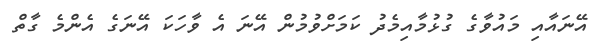
އޭނައާއި މައުވާގެ ގުޅުމާއިމެދު ކަމަށްވުމުން އޭނަ އެ ވާހަކަ އޭނަގެ އެންމެ ގާތް